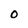
Character: O